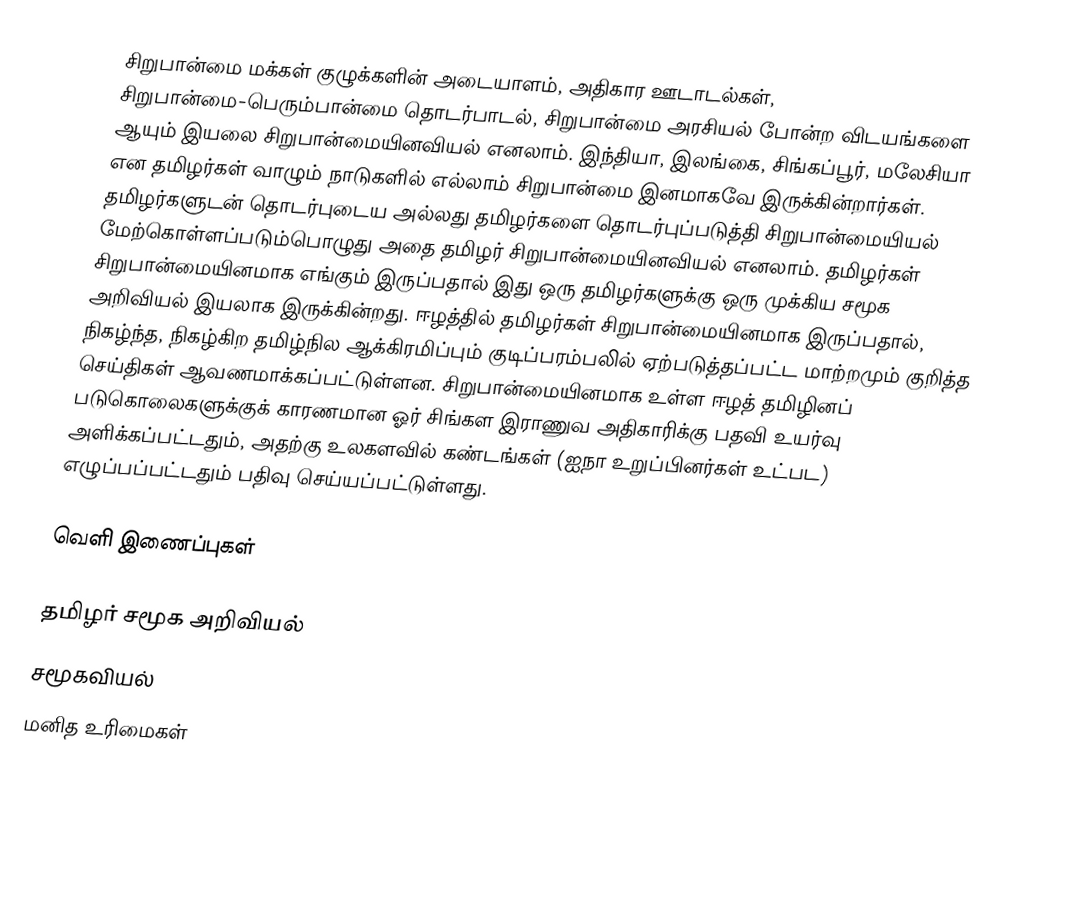
சிறுபான்மை மக்கள் குழுக்களின் அடையாளம், அதிகார ஊடாடல்கள், சிறுபான்மை-பெரும்பான்மை தொடர்பாடல், சிறுபான்மை அரசியல் போன்ற விடயங்களை ஆயும் இயலை சிறுபான்மையினவியல் எனலாம்.  இந்தியா, இலங்கை, சிங்கப்பூர், மலேசியா என தமிழர்கள் வாழும் நாடுகளில் எல்லாம் சிறுபான்மை இனமாகவே இருக்கின்றார்கள்.  தமிழர்களுடன் தொடர்புடைய அல்லது தமிழர்களை தொடர்புப்படுத்தி சிறுபான்மையியல் மேற்கொள்ளப்படும்பொழுது அதை தமிழர் சிறுபான்மையினவியல் எனலாம்.  தமிழர்கள் சிறுபான்மையினமாக எங்கும் இருப்பதால் இது ஒரு தமிழர்களுக்கு ஒரு முக்கிய சமூக அறிவியல் இயலாக இருக்கின்றது. ஈழத்தில் தமிழர்கள் சிறுபான்மையினமாக இருப்பதால், நிகழ்ந்த, நிகழ்கிற தமிழ்நில ஆக்கிரமிப்பும் குடிப்பரம்பலில் ஏற்படுத்தப்பட்ட மாற்றமும் குறித்த செய்திகள் ஆவணமாக்கப்பட்டுள்ளன. சிறுபான்மையினமாக உள்ள ஈழத் தமிழினப் படுகொலைகளுக்குக் காரணமான ஓர் சிங்கள இராணுவ அதிகாரிக்கு பதவி உயர்வு அளிக்கப்பட்டதும், அதற்கு உலகளவில் கண்டங்கள் (ஐநா உறுப்பினர்கள் உட்பட) எழுப்பப்பட்டதும் பதிவு செய்யப்பட்டுள்ளது.

வெளி இணைப்புகள்

தமிழர் சமூக அறிவியல்
சமூகவியல்
மனித உரிமைகள்